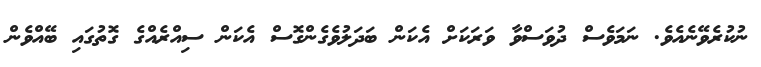
ނުކުރެވޭނެއެވެ. ނަމަވެސް ދުވަސްވާ ވަރަކަށް އެކަން ބަދަލުވެގެންގޮސް އެކަން ސިއްރެއްގެ ގޮތުގައި ބޭއްވެން